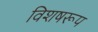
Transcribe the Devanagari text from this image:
विशषरूप